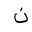
Letter: _non